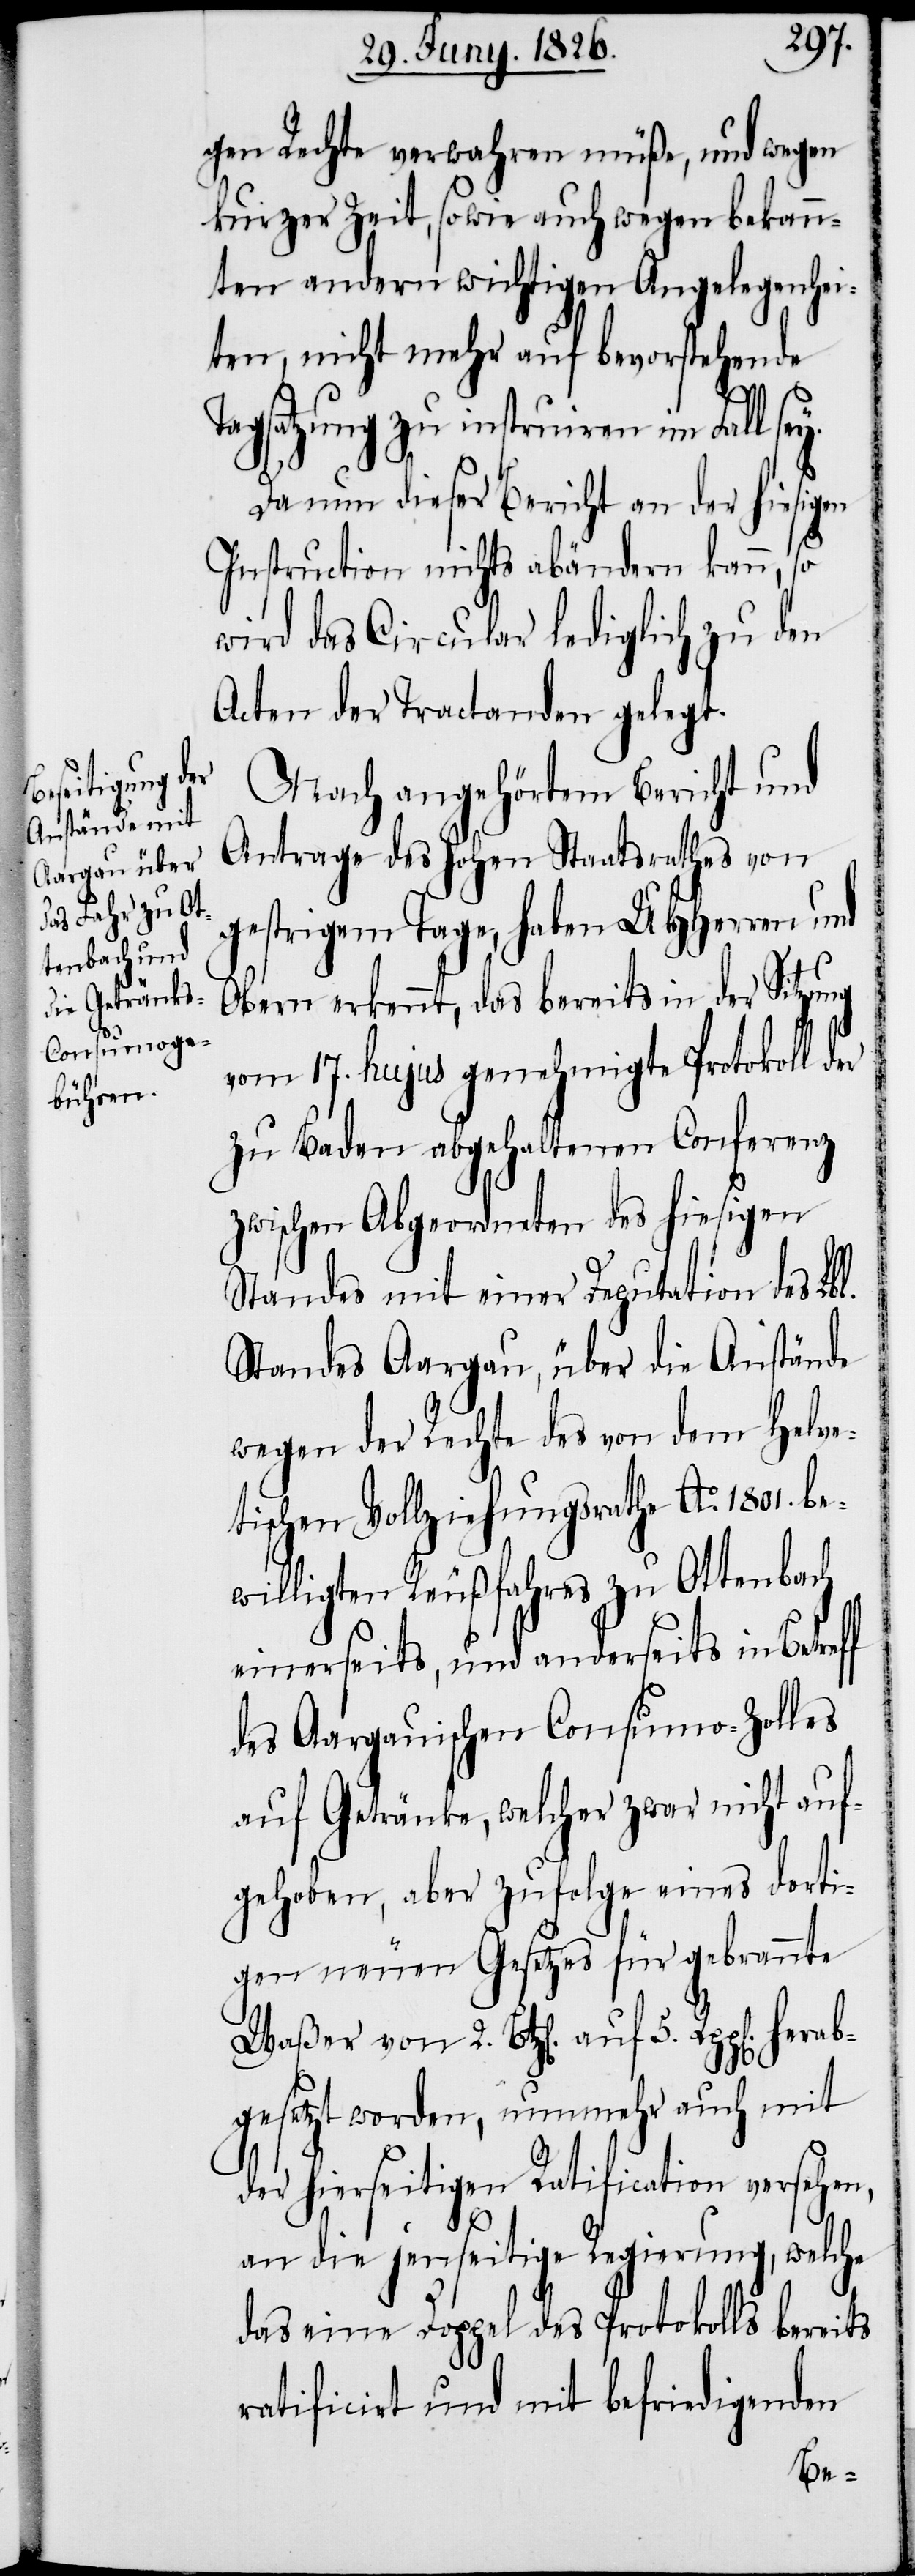
gen Rechte verwahren müße, und wegen
kurzer Zeit, sowie auch wegen bekann¬
ten andern wichtigen Angelegenhei¬
ten, nicht mehr auf bevorstehende
Tagsatzung zu instruiren im Fall sey.
Da nun dieser Bericht an der hiesigen
Instruction nichts abändern kann, so
wird das Circular lediglich zu den
Acten der Tractanden gelegt.
Nach angehörtem Bericht und
Antrage des hohen Staatsrathes von
gestrigem Tage, haben UHHerren und
Obern erkennt, das bereits in der Sitzung
vom 17. hujus genehmigte Protokoll d¬
zu Baden abgehaltenen Conferenz
zwischen Abgeordneten des hiesigen
Standes mit einer Deputation des Lbl.
Standes Aargau, über die Anstände
wegen der Rechte des von dem Helve¬
tischen Vollziehungsrathe Ao. 1801. be¬
willigten Reußfahres zu Ottenbach
einerseits, und anderseits in Betref¬
des Aargauischen Consumo-Zolles
auf Getränke, welcher zwar nicht auf¬
gehoben, aber zufolge eines dorti¬
gen neuen Gesetzes für gebrannte
gesetzt worden, nunmehr auch mit
der hierseitien Ratification versehen,
5.
an die jenseitige Regierung, welche
das eine Doppel des Protokolls bereits
ratificirt und mit befriedigenden

herab¬